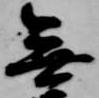
無